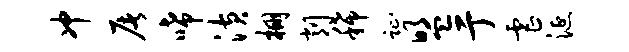
冲屠唏潢棚削稀趾盟亍虐涎